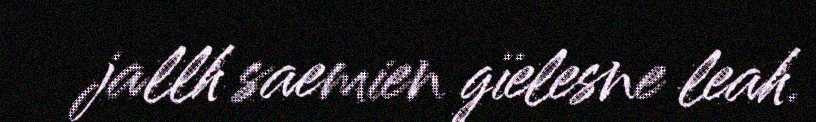
jallh saemien gïelesne leah.